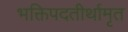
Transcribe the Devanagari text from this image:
भक्तिपदतीर्थामृत